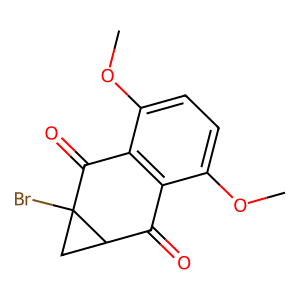
SMILES: COc1ccc(OC)c2c1C(=O)C1CC1(Br)C2=O
Inhibits HIV replication: No